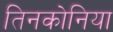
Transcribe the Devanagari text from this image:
तिनकोनिया